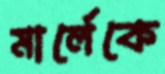
মার্লেকে